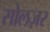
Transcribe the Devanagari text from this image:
सोलज़र